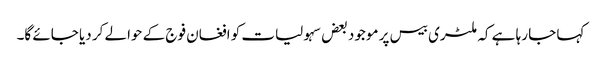
کہا جا رہا ہے کہ ملٹری بیس پر موجود بعض سہولیات کو افغان فوج کے حوالے کر دیا جائے گا۔